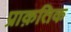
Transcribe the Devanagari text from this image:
प्राक़तिक